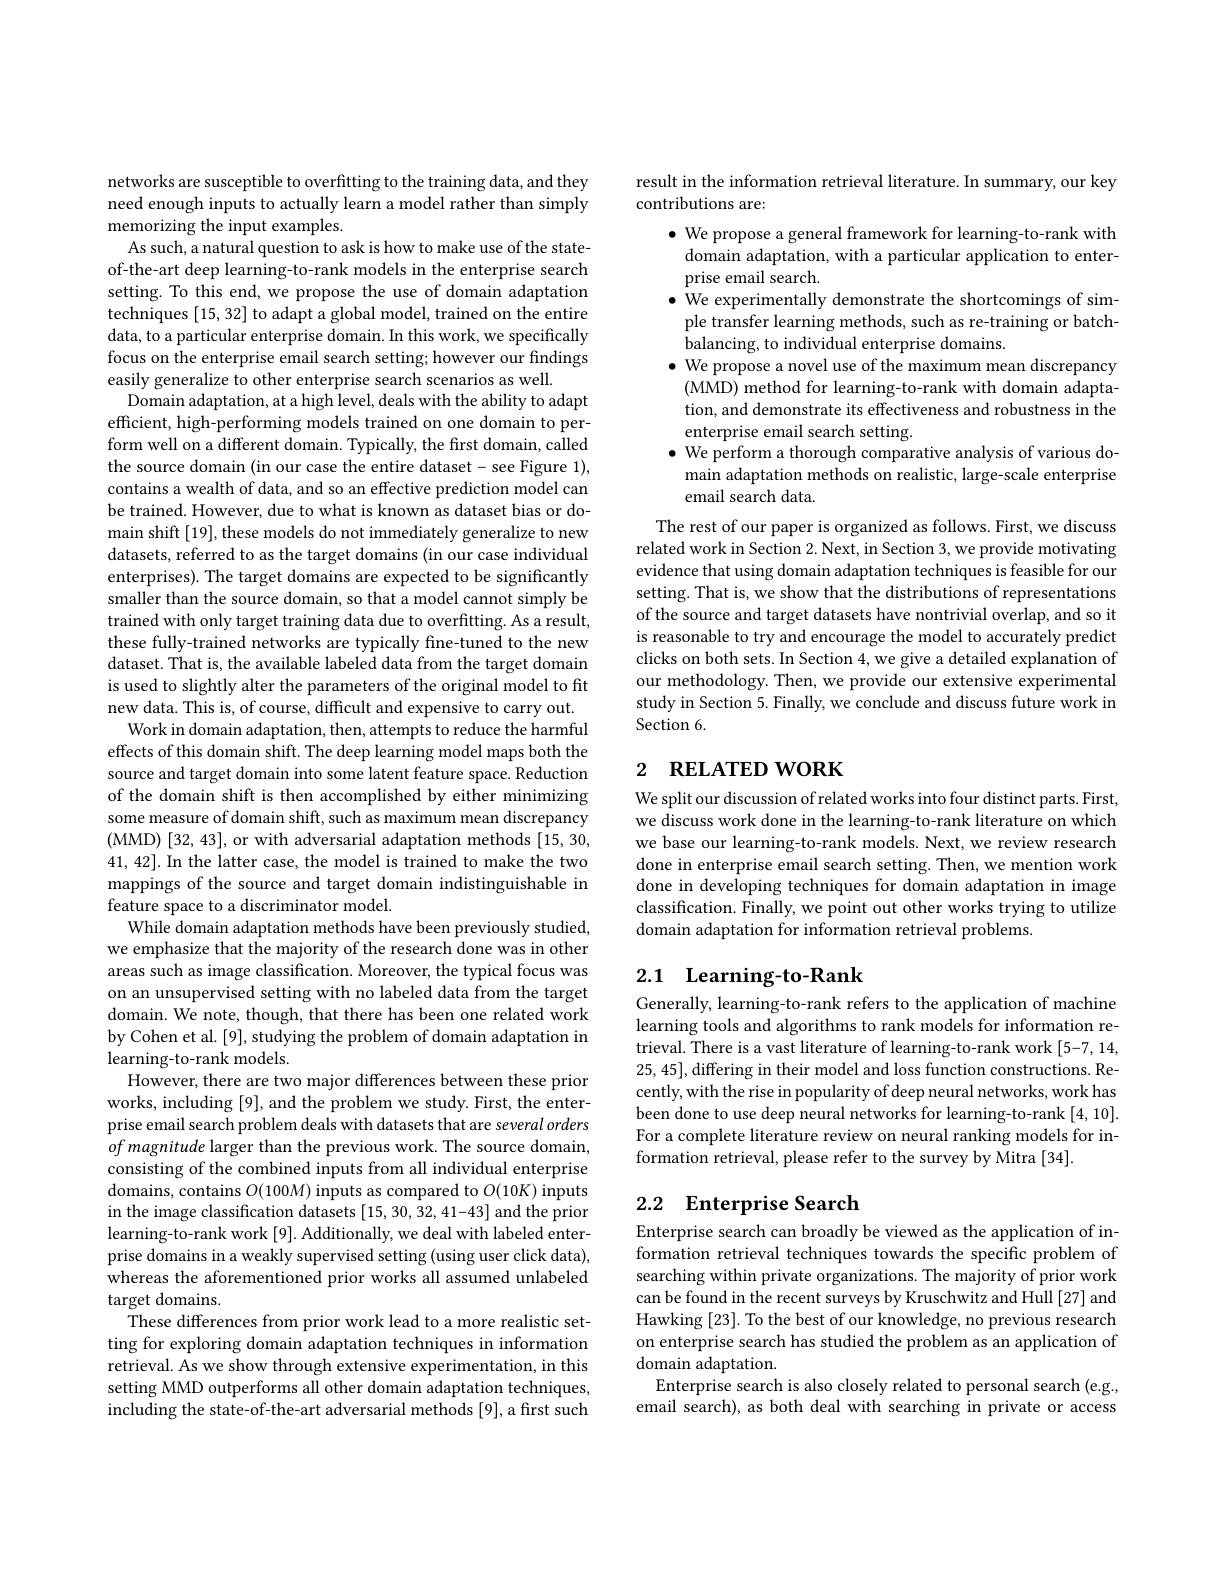
networks are susceptible to overfitting to the training data, and they need enough inputs to actually learn a model rather than simply memorizing the input examples.
As such, a natural question to ask is how to make use of the stateof-the-art deep learning-to-rank models in the enterprise search setting. To this end, we propose the use of domain adaptation techniques [15,32] to adapt a global model, trained on the entire data, to a particular enterprise domain. In this work, we specifically focus on the enterprise email search setting; however our findings easily generalize to other enterprise search scenarios as well.
Domain adaptation, at a high level, deals with the ability to adapt efficient, high-performing models trained on one domain to perform well on a different domain. Typically, the first domain, called the source domain (in our case the entire dataset- see Figure 1), contains a wealth of data, and so an effective prediction model can be trained. However, due to what is known as dataset bias or domain shift [19], these models do not immediately generalize to new datasets, referred to as the target domains (in our case individual enterprises). The target domains are expected to be significantly smaller than the source domain, so that a model cannot simply be trained with only target training data due to overfitting. As a result, these fully-trained networks are typically fine-tuned to the new dataset. That is, the available labeled data from the target domain is used to slightly alter the parameters of the original model to fit new data. This is, of course, difficult and expensive to carry out.
Work in domain adaptation, then, attempts to reduce the harmful effects of this domain shift. The deep learning model maps both the source and target domain into some latent feature space. Reduction of the domain shift is then accomplished by either minimizing some measure of domain shift, such as maximum mean discrepancy (MMD) [32, 43], or with adversarial adaptation methods [15, 30, 41,42]. In the latter case, the model is trained to make the two mappings of the source and target domain indistinguishable in feature space to a discriminator model.
While domain adaptation methods have been previously studied, we emphasize that the majority of the research done was in other areas such as image classification. Moreover, the typical focus was on an unsupervised setting with no labeled data from the target domain. We note, though, that there has been one related work by Cohen et al. [9], studying the problem of domain adaptation in learning-to-rank models.
However, there are two major differences between these prior works, including [9], and the problem we study. First, the enterprise email search problem deals with datasets that are several orders $of\textit{magnitude larger than the previous work. The source domain, }$ consisting of the combined inputs from all individual enterprise domains, contains $O(100M)$ inputs as compared to $O(10K)$ inputs in the image classification datasets [15, 30, 32, 41-43] and the prior learning-to-rank work [9]. Additionally, we deal with labeled enterprise domains in a weakly supervised setting (using user click data), whereas the aforementioned prior works all assumed unlabeled target domains.
These differences from prior work lead to a more realistic setting for exploring domain adaptation techniques in information retrieval. As we show through extensive experimentation, in this setting MMD outperforms all other domain adaptation techniques, including the state-of-the-art adversarial methods [9], a first such

result in the information retrieval literature. In summary, our key
contributions are:

$\bullet$ We propose a general framework for learning-to-rank with
domain adaptation, with a particular application to enter-
prise email search.
$\bullet$ We experimentally demonstrate the shortcomings of simple transfer learning methods, such as re-training or batchbalancing, to individual enterprise domains.
$\bullet$ We propose a novel use of the maximum mean discrepancy
(MMD) method for learning-to-rank with domain adaptation, and demonstrate its effectiveness and robustness in the enterprise email search setting.
$\bullet$ We perform a thorough comparative analysis of various domain adaptation methods on realistic, large-scale enterprise email search data.
The rest of our paper is organized as follows. First, we discuss related work in Section 2. Next, in Section 3, we provide motivating evidence that using domain adaptation techniques is feasible for our setting. That is, we show that the distributions of representations of the source and target datasets have nontrivial overlap, and so it is reasonable to try and encourage the model to accurately predict clicks on both sets. In Section 4, we give a detailed explanation of our methodology. Then, we provide our extensive experimental study in Section 5. Finally, we conclude and discuss future work in Section 6.
2 RELATED WORK

We split our discussion of related works into four distinct parts. First, we discuss work done in the learning-to-rank literature on which we base our learning-to-rank models. Next, we review research done in enterprise email search setting. Then, we mention work done in developing techniques for domain adaptation in image classification. Finally, we point out other works trying to utilize domain adaptation for information retrieval problems.

# 2.1 Learning-to-Rank

Generally, learning-to-rank refers to the application of machine learning tools and algorithms to rank models for information retrieval. There is a vast literature of learning-to-rank work [5-7,14, 25,45],differing in their model and loss function constructions. Recently, with the rise in popularity of deep neural networks, work has been done to use deep neural networks for learning-to-rank [4,10]. For a complete literature review on neural ranking models for information retrieval, please refer to the survey by Mitra [34].

## 2.2 Enterprise Search

Enterprise search can broadly be viewed as the application of information retrieval techniques towards the specific problem of searching within private organizations. The majority of prior work can be found in the recent surveys by Kruschwitz and Hull [27] and Hawking [23]. To the best of our knowledge, no previous research on enterprise search has studied the problem as an application of domain adaptation.
Enterprise search is also closely related to personal search (e.g., email search), as both deal with searching in private or access